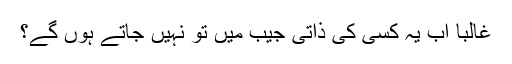
غالباً اب یہ کسی کی ذاتی جیب میں تو نہیں جاتے ہوں گے؟